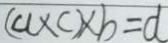
( C l \times c ) \times b = d